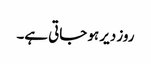
روز دیر ہو جاتی ہے۔